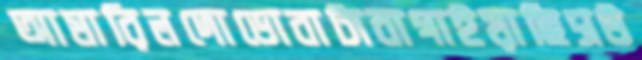
আমারিলদোডোবাটাবাগাইয়াছিসউ